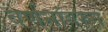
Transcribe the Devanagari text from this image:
वर्णनांवरुन